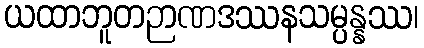
ယထာဘူတဉာဏဒဿနသမ္ပန္နဿ၊